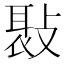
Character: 𢾸